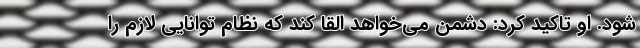
شود. او تاکید کرد: دشمن می‌خواهد القا کند که نظام توانایی لازم را